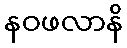
နဝဖလာနိ